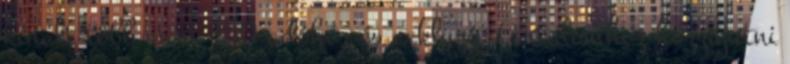
kínált több mint 150 adóhoz és exkluzív tartalomhoz hozzájutni